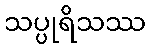
သပ္ပုရိသဿ